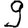
Digit: 9